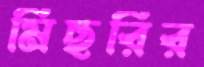
মিছরির